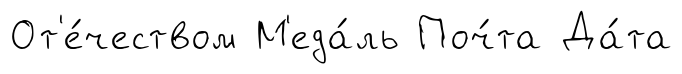
От'е́чеством М'еда́ль Поч́та Да́та